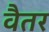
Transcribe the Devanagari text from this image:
वैतर